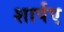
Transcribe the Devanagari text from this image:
शार्पए